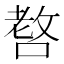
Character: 𠺛